King Institute of Preventive Medicine Micro-Biological Section reports 1912-19
Year: 1912
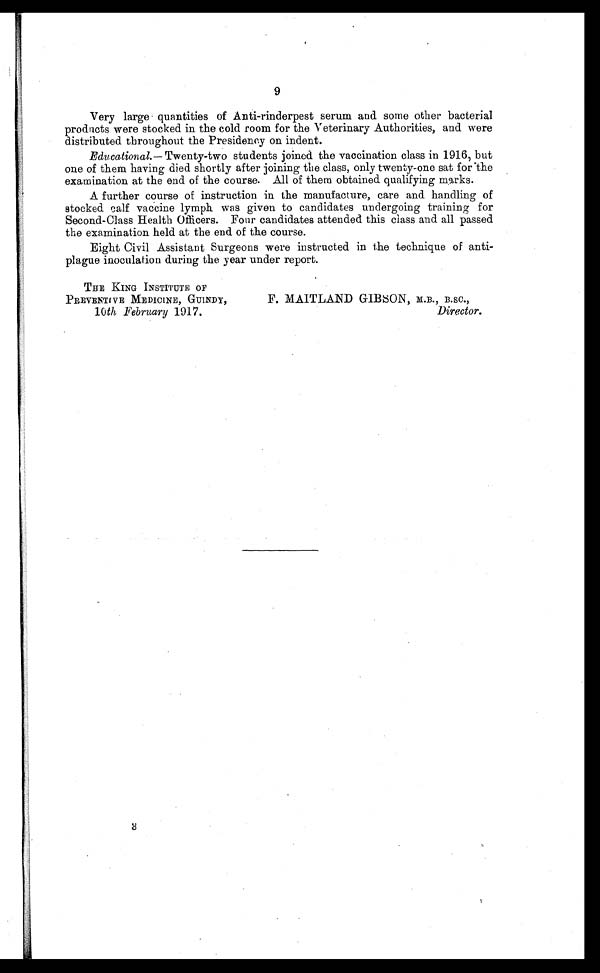
9
Very large quantities of Anti-rinderpest serum and some other bacterial
products were stocked in the cold room for the Veterinary Authorities, and were
distributed throughout the Presidency on indent.
Educational. — Twenty-two students joined the vaccination class in 1916, but
one of them having died shortly after joining the class, only twenty-one sat for the
examination at the end of the course. All of them obtained qualifying marks.
A further course of instruction in the manufacture, care and handling of
stocked calf vaccine lymph was given to candidates undergoing training for
Second-Class Health Officers. Four candidates attended this class and all passed
the examination held at the end of the course.
Eight Civil Assistant Surgeons were instructed in the technique of anti
-plague inoculation during the year under report.
THE KING INSTITUTE OF
PREVENTIVE MEDICINE, GUINDY,
10 th February 1917.
F. MAITLAND GIBSON, M.B., B.SC.,
Director.